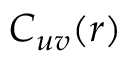
C _ { u v } ( r )